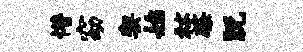
懵窈契始秫柴脱